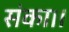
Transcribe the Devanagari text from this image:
संका।।